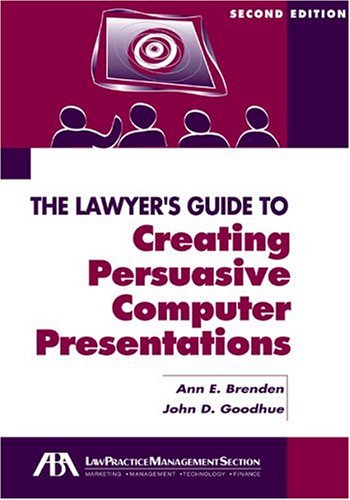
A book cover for The Lawyer's Guide to Creating Persuasive Computer Presentations, Second Edition; Ann E.  Brenden; Law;